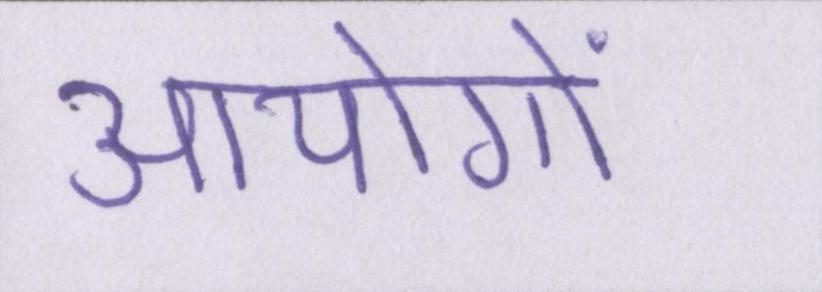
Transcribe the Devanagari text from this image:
आयोगों